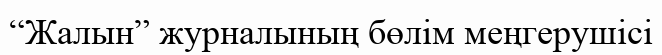
“Жалын” журналының бөлім меңгерушісі